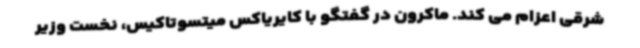
شرقی اعزام می کند. ماکرون در گفتگو با کایریاکس میتسوتاکیس، نخست وزیر